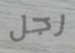
رجل